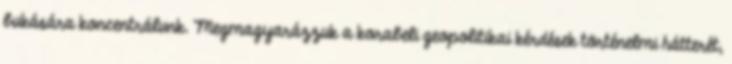
bukására koncentrálunk. Megmagyarázzuk a korabeli geopolitikai kérdések történelmi hátterét,